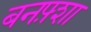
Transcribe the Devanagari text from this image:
बनफ़्शा